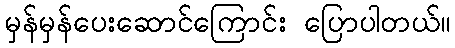
မှန်မှန်ပေးဆောင်ကြောင်း ပြောပါတယ်။